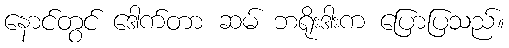
နောင်တွင် ဒေါက်တာ ဆမ် ဘရိုးဒါးက ပြောပြသည်။